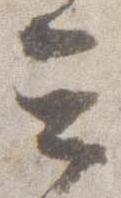
云